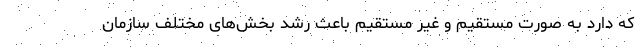
که دارد به صورت مستقیم و غیر مستقیم باعث رشد بخش‌های مختلف سازمان